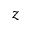
z